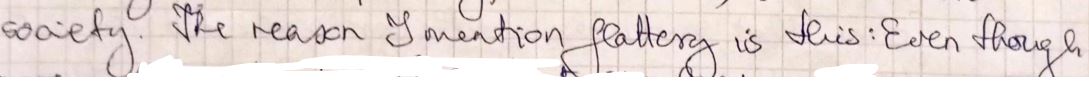
society. The reason I mention flattery is this Even though